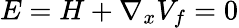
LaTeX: E=H+\nabla_{x}V_{f}=0